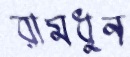
রামধুন